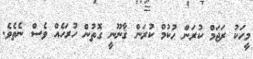
މީހަކު ރަޖަމް ކުރަން ޙުކުމް ކުރަން ޤާނޫނީ ގޮތުން ހުރަހެއް ވެސް ނެތެވެ.